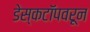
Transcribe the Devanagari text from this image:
डेस्कटॉपवरून